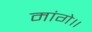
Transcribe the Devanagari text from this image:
मांगे॥